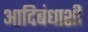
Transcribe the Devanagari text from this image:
आदिबंधाशी